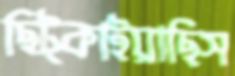
ছিট্‌কাইয়াছিস